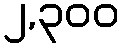
၂,၃၀၀